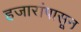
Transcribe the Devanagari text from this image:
हजारांपासून